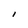
Character: I